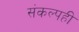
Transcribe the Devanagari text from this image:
संकल्पही